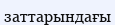
заттарындағы